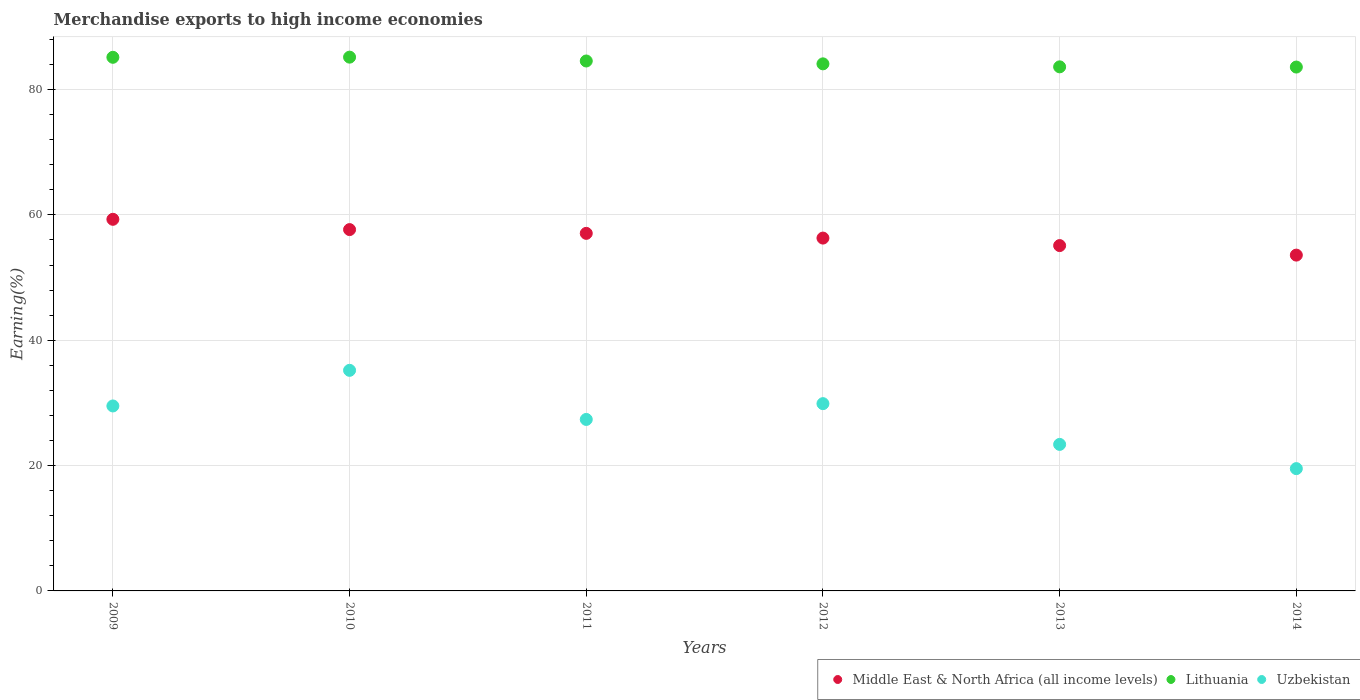
| Years | Middle East & North Africa (all income levels) | Lithuania | Uzbekistan |
 | --- | --- | --- | --- |
 | 2009 | 59.3 | 85.1 | 29.5 |
 | 2010 | 57.7 | 85.2 | 35.2 |
 | 2011 | 57.1 | 84.6 | 27.4 |
 | 2012 | 56.3 | 84.1 | 29.9 |
 | 2013 | 55.1 | 83.6 | 23.4 |
 | 2014 | 53.6 | 83.6 | 19.5 |